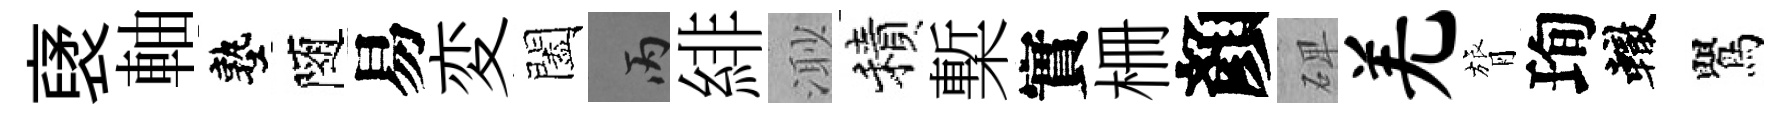
裦軸塾隨易変闔丙緋𣺌積槧實栅顏𥓓羌膂珣轍鸎